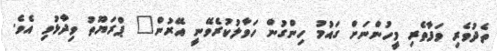
ތެދުވެރި ވަފާތެރި މީހުންނަށް ގައުމު ހިންގުން ހަވާލުކުރެވޭނީ އޭރުން" ޕްރަޔޫތު ވިދާޅުވި އެވެ.